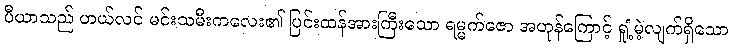
ပီယာသည် ဟယ်လင် မင်းသမီးကလေး၏ ပြင်းထန်အားကြီးသော ရမ္မက်ဇော အဟုန်ကြောင့် ရှုံ့မဲ့လျက်ရှိသော